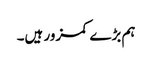
ہم بڑے کمزور ہیں۔